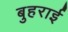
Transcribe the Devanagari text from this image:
बुहराई